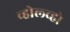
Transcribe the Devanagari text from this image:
व्होल्व्हो